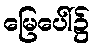
မြေပေါ်၌